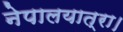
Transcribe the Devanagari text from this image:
नेपालयात्रा।